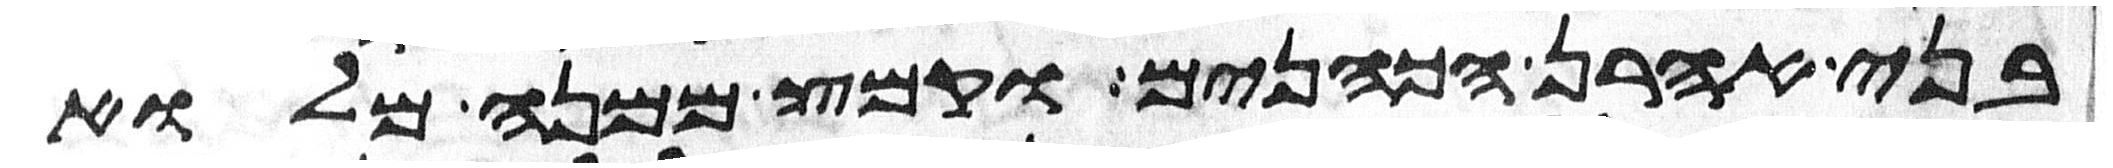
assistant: בני אהרן הכהנים וקמץ ממנה מלוא